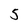
Character: 5